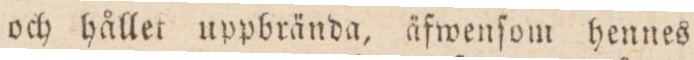
och hållet uppbrända, äfwenſom hennes